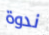
ندوة